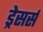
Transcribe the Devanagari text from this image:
ड्रेसर्स